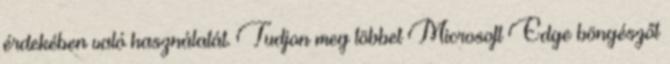
érdekében való használatát. Tudjon meg többet Microsoft Edge böngészőt